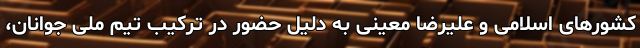
کشورهای اسلامی و علیرضا معینی به دلیل حضور در ترکیب تیم ملی جوانان،